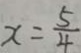
x = \frac { 5 } { 4 }